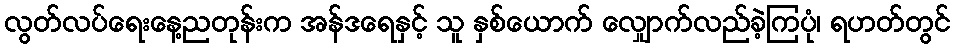
လွတ်လပ်ရေးနေ့ညတုန်းက အန်ဒရေနှင့် သူ နှစ်ယောက် လျှောက်လည်ခဲ့ကြပုံ၊ ရဟတ်တွင်